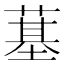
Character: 𦸀